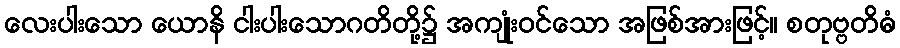
လေးပါးသော ယောနိ ငါးပါးသောဂတိတို့၌ အကျုံးဝင်သော အဖြစ်အားဖြင့်။ စတုဗ္ဗတိဓံ